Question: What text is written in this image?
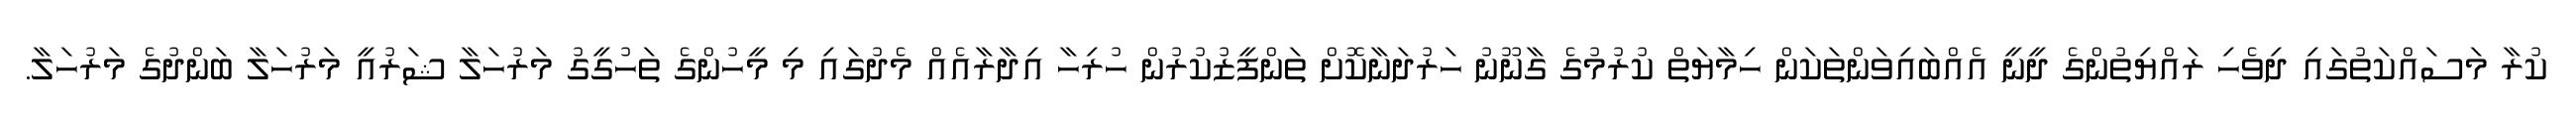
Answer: ކުރާ މަސައްކަތުގައި ދިވެހި ރައްޔިތުންގެ ދީނީ އެއްބައިވަންތަކަން ހިމާޔަތް ކުރުމުގެ ގާނޫނު ހަރުދަނާކޮށް ތަންފީޒުކުރުން ހުރިހާ އިދާރާއެއް މެދުގައި މި މީހުންގެ ތަހުގީގު މަރުހަލާ ޝަރުއީ މަރުހަލާ ބަންދުގެ މަރުހަލާ.